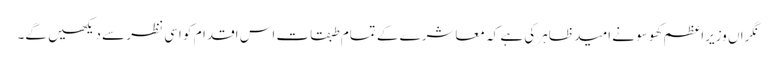
نگراں وزیراعظم کھوسو نے امید ظاہر کی ہے کہ معاشرے کے تمام طبقات اس اقدام کو اسی نظر سے دیکھیں گے۔